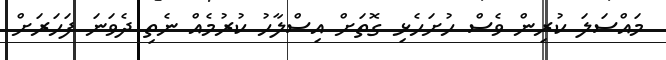
މައްސަލަ ކުރިން ވެސް ހުށަހެޅި ގޮތަށް އިސްލާހު ކުރުމެއް ނެތި ދެވަނަ ފަހަރަށް